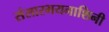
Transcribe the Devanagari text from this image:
संसारभयनाशिनी